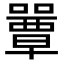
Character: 𡂽